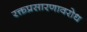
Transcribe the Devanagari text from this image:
रक्तप्रसारणावरोध